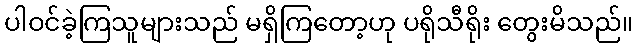
ပါဝင်ခဲ့ကြသူများသည် မရှိကြတော့ဟု ပရိုသီရိုး တွေးမိသည်။